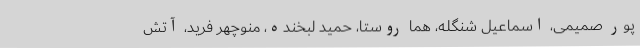
پور صمیمی، اسماعیل شنگله، هما روستا، حمید لبخنده، منوچهر فرید، آتش